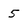
Character: 5